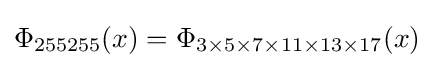
\Phi _{255255}(x)=\Phi _{3\times 5\times 7\times 11\times 13\times 17}(x)